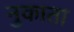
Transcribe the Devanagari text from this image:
नुकाता